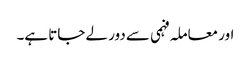
اور معاملہ فہمی سے دور لے جاتا ہے۔